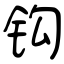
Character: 钩